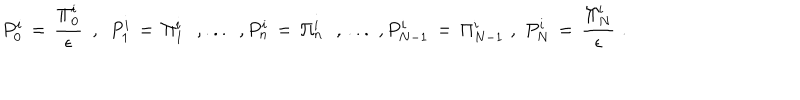
LaTeX: P _ { 0 } ^ { i } \, = \, { \frac { \Pi _ { 0 } ^ { i } } { \epsilon } } \, \, \, , \, \, \, P _ { 1 } ^ { i } \, = \, \Pi _ { 1 } ^ { i } \, \, \, \, , . . . \, \, \, , P _ { n } ^ { i } \, = \, \Pi _ { n } ^ { i } \, \, \, \, , \, . . . \, \, , P _ { N - 1 } ^ { i } \, = \, \Pi _ { N - 1 } ^ { i } \, \, , \, \, P _ { N } ^ { i } \, = \, { \frac { \Pi _ { N } ^ { i } } { \epsilon } } \, \, .